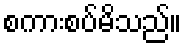
စကားစပ်မိသည်။